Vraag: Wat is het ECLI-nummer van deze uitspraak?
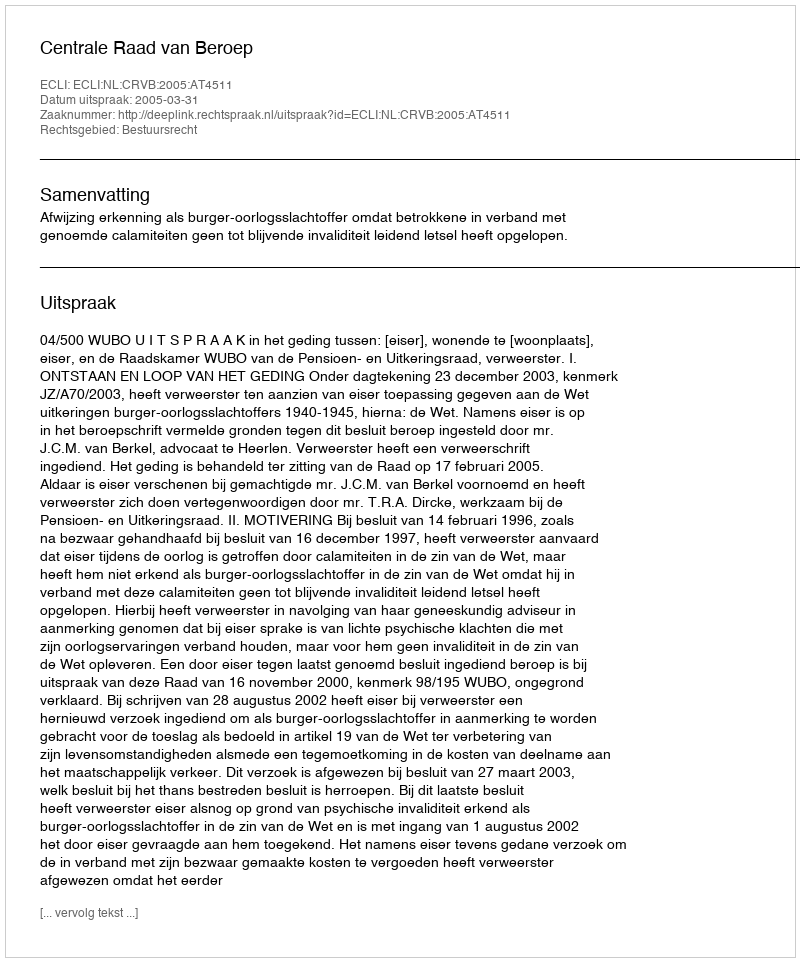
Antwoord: ECLI:NL:CRVB:2005:AT4511